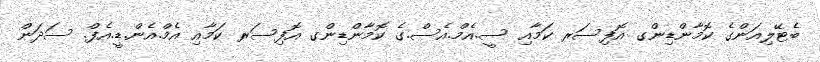
ބެޓޭލިއަންގެ ކޮމާންޑިންގ އޮފިސަރ ކަމާއި ސީ.އެމް.އެސް.ގެ ކޮމާންޑިންގ އޮފިސަރ ކަމާއި އެމް.އެން.ޑީ.އެފް. ސަދަން